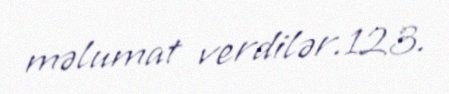
məlumat verdilər.123.